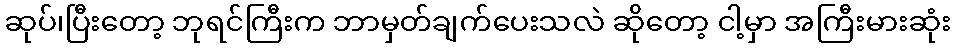
ဆုပ်၊ပြီးတော့ ဘုရင်ကြီးက ဘာမှတ်ချက်ပေးသလဲ ဆိုတော့ ငါ့မှာ အကြီးမားဆုံး